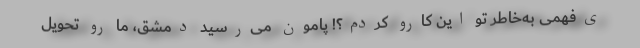
ی‌فهمی به‌خاطر تو این کارو کردم؟! پامون می‌رسید دمشق، ما رو تحویل